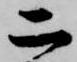
二